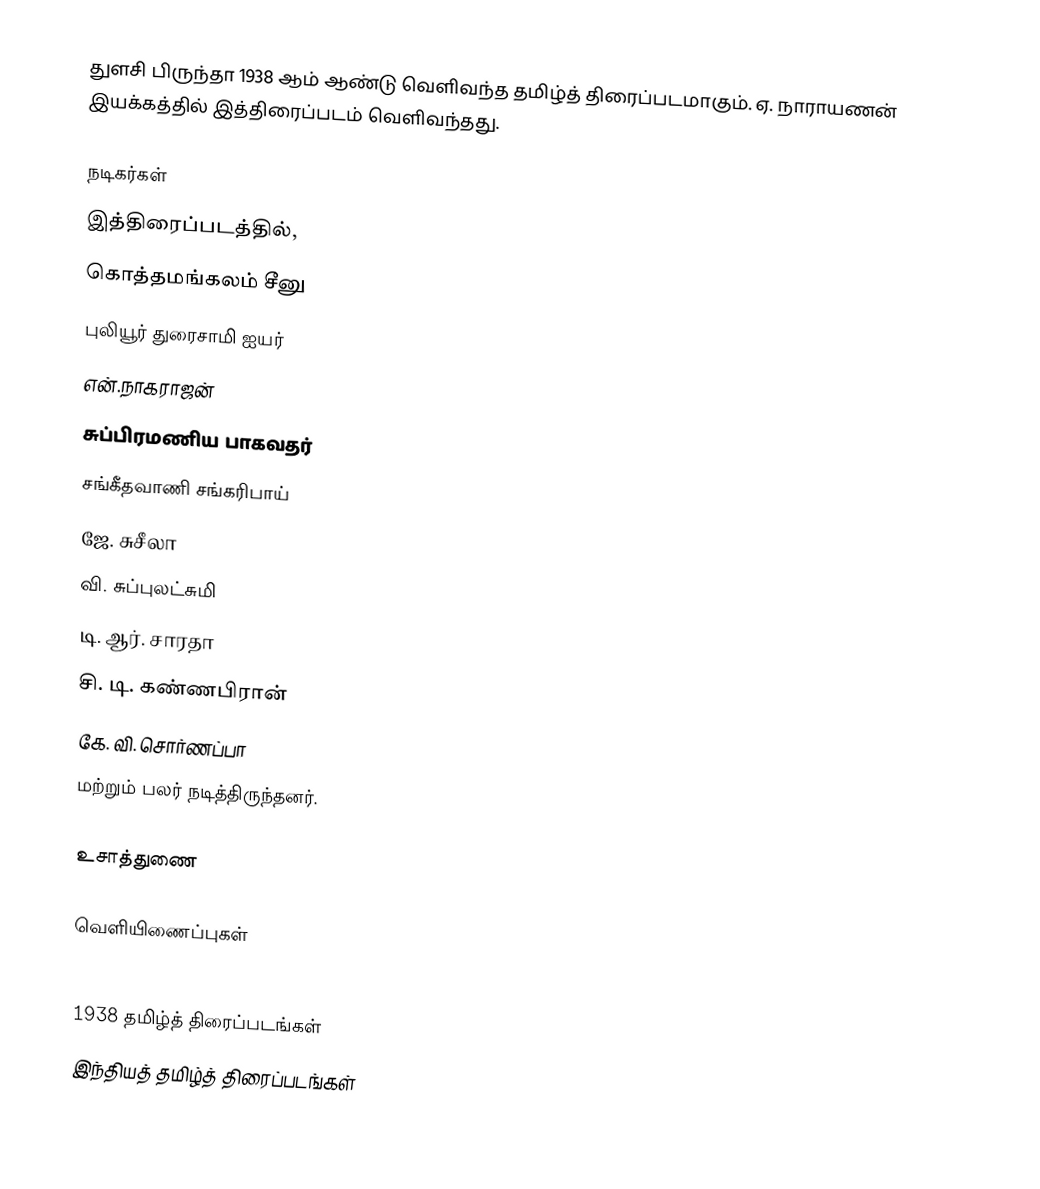
துளசி பிருந்தா 1938 ஆம் ஆண்டு வெளிவந்த தமிழ்த் திரைப்படமாகும். ஏ. நாராயணன் இயக்கத்தில் இத்திரைப்படம் வெளிவந்தது.

நடிகர்கள்
இத்திரைப்படத்தில்,
கொத்தமங்கலம் சீனு
புலியூர் துரைசாமி ஐயர்
என்.நாகராஜன்
சுப்பிரமணிய பாகவதர்
சங்கீதவாணி சங்கரிபாய்
ஜே. சுசீலா
வி. சுப்புலட்சுமி
டி. ஆர். சாரதா
சி. டி. கண்ணபிரான்
கே. வி. சொர்ணப்பா
மற்றும் பலர் நடித்திருந்தனர்.

உசாத்துணை

வெளியிணைப்புகள்

1938 தமிழ்த் திரைப்படங்கள்
இந்தியத் தமிழ்த் திரைப்படங்கள்